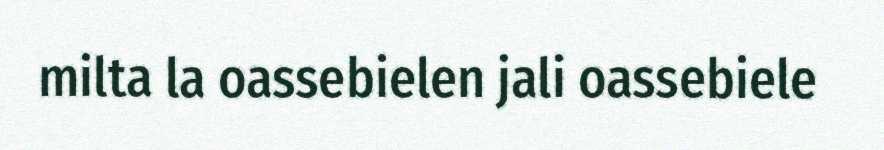
milta la oassebielen jali oassebiele